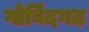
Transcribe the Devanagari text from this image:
गोबिंदगढ़